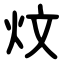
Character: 炆